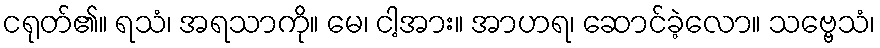
ငရုတ်၏။ ရသံ၊ အရသာကို။ မေ၊ ငါ့အား။ အာဟရ၊ ဆောင်ခဲ့လော။ သဗ္ဗေသံ၊